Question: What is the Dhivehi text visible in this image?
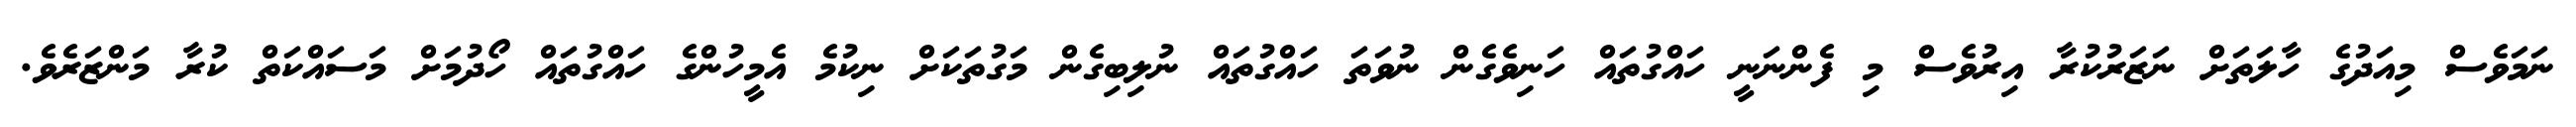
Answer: ނަމަވެސް މިއަދުގެ ހާލަތަށް ނަޒަރުކުރާ އިރުވެސް މި ފެންނަނީ ހައްގުތައް ހަނިވެގެން ނުވަތަ ހައްގުތައް ނުލިބިގެން މަގުތަކަށް ނިކުމެ އެމީހުންގެ ހައްގުތައް ހޯދުމަށް މަސައްކަތް ކުރާ މަންޒަރެވެ.